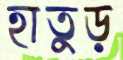
হাতুড়